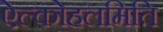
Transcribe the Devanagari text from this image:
ऐल्कोहलमिति